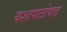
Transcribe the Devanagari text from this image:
यशापाठोपाठ